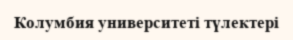
Колумбия университеті түлектері